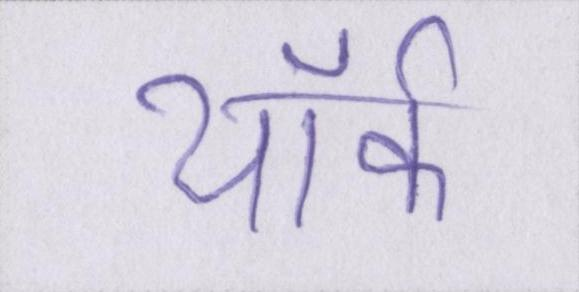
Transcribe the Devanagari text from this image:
यॉर्क